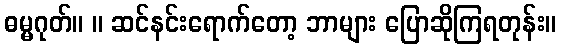
ဓမ္မဂုတ်။ ။ ဆင်နင်းရောက်တော့ ဘာများ ပြောဆိုကြရတုန်း။